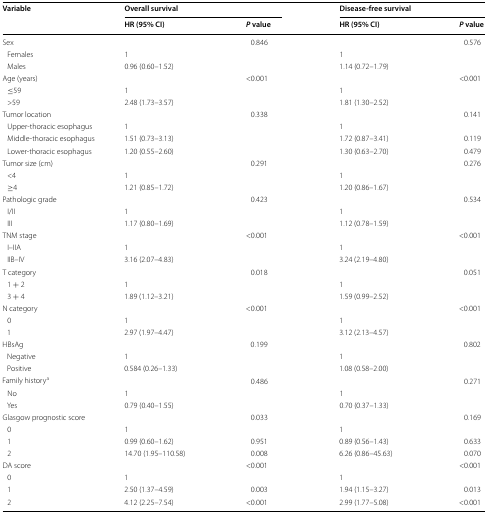
<table><thead><tr><td rowspan="2"><b>Variable</b></td><td colspan="2"><b>Overall survival</b></td><td colspan="2"><b>Disease-free survival</b></td></tr><tr><td><b>HR (95% CI)</b></td><td><b><i>P</i> value</b></td><td><b>HR (95% CI)</b></td><td><b><i>P</i> value</b></td></tr></thead><tbody><tr><td>Sex</td><td></td><td>0.846</td><td></td><td>0.576</td></tr><tr><td> Females</td><td>1</td><td></td><td>1</td><td></td></tr><tr><td> Males</td><td>0.96 (0.60–1.52)</td><td></td><td>1.14 (0.72–1.79)</td><td></td></tr><tr><td>Age (years)</td><td></td><td>&lt;0.001</td><td></td><td>&lt;0.001</td></tr><tr><td> ≤59</td><td>1</td><td></td><td>1</td><td></td></tr><tr><td> &gt;59</td><td>2.48 (1.73–3.57)</td><td></td><td>1.81 (1.30–2.52)</td><td></td></tr><tr><td>Tumor location</td><td></td><td>0.338</td><td></td><td>0.141</td></tr><tr><td> Upper-thoracic esophagus</td><td>1</td><td></td><td>1</td><td></td></tr><tr><td> Middle-thoracic esophagus</td><td>1.51 (0.73–3.13)</td><td></td><td>1.72 (0.87–3.41)</td><td>0.119</td></tr><tr><td> Lower-thoracic esophagus</td><td>1.20 (0.55–2.60)</td><td></td><td>1.30 (0.63–2.70)</td><td>0.479</td></tr><tr><td>Tumor size (cm)</td><td></td><td>0.291</td><td></td><td>0.276</td></tr><tr><td> &lt;4</td><td>1</td><td></td><td>1</td><td></td></tr><tr><td> ≥4</td><td>1.21 (0.85–1.72)</td><td></td><td>1.20 (0.86–1.67)</td><td></td></tr><tr><td>Pathologic grade</td><td></td><td>0.423</td><td></td><td>0.534</td></tr><tr><td> I/II</td><td>1</td><td></td><td>1</td><td></td></tr><tr><td> III</td><td>1.17 (0.80–1.69)</td><td></td><td>1.12 (0.78–1.59)</td><td></td></tr><tr><td>TNM stage</td><td></td><td>&lt;0.001</td><td></td><td>&lt;0.001</td></tr><tr><td> I–IIA</td><td>1</td><td></td><td>1</td><td></td></tr><tr><td> IIB–IV</td><td>3.16 (2.07–4.83)</td><td></td><td>3.24 (2.19–4.80)</td><td></td></tr><tr><td>T category</td><td></td><td>0.018</td><td></td><td>0.051</td></tr><tr><td> 1 + 2</td><td>1</td><td></td><td>1</td><td></td></tr><tr><td> 3 + 4</td><td>1.89 (1.12–3.21)</td><td></td><td>1.59 (0.99–2.52)</td><td></td></tr><tr><td>N category</td><td></td><td>&lt;0.001</td><td></td><td>&lt;0.001</td></tr><tr><td> 0</td><td>1</td><td></td><td>1</td><td></td></tr><tr><td> 1</td><td>2.97 (1.97–4.47)</td><td></td><td>3.12 (2.13–4.57)</td><td></td></tr><tr><td>HBsAg</td><td></td><td>0.199</td><td></td><td>0.802</td></tr><tr><td> Negative</td><td>1</td><td></td><td>1</td><td></td></tr><tr><td> Positive</td><td>0.584 (0.26–1.33)</td><td></td><td>1.08 (0.58–2.00)</td><td></td></tr><tr><td>Family history<sup>a</sup></td><td></td><td>0.486</td><td></td><td>0.271</td></tr><tr><td> No</td><td>1</td><td></td><td>1</td><td></td></tr><tr><td> Yes</td><td>0.79 (0.40–1.55)</td><td></td><td>0.70 (0.37–1.33)</td><td></td></tr><tr><td>Glasgow prognostic score</td><td></td><td>0.033</td><td></td><td>0.169</td></tr><tr><td> 0</td><td>1</td><td></td><td>1</td><td></td></tr><tr><td> 1</td><td>0.99 (0.60–1.62)</td><td>0.951</td><td>0.89 (0.56–1.43)</td><td>0.633</td></tr><tr><td> 2</td><td>14.70 (1.95–110.58)</td><td>0.008</td><td>6.26 (0.86–45.63)</td><td>0.070</td></tr><tr><td>DA score</td><td></td><td>&lt;0.001</td><td></td><td>&lt;0.001</td></tr><tr><td> 0</td><td>1</td><td></td><td>1</td><td></td></tr><tr><td> 1</td><td>2.50 (1.37–4.59)</td><td>0.003</td><td>1.94 (1.15–3.27)</td><td>0.013</td></tr><tr><td> 2</td><td>4.12 (2.25–7.54)</td><td>&lt;0.001</td><td>2.99 (1.77–5.08)</td><td>&lt;0.001</td></tr></tbody></table>